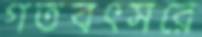
গতবৎসরে